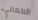
الالماني